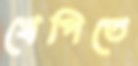
খেপিতে